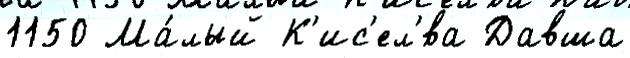
1150 Ма́лый К'ис'ел'́ва Давша